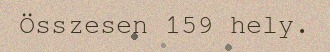
Összesen 159 hely.